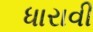
ધારાવી